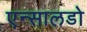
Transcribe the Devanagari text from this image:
एन्सालडो